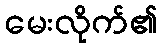
မေးလိုက်၏